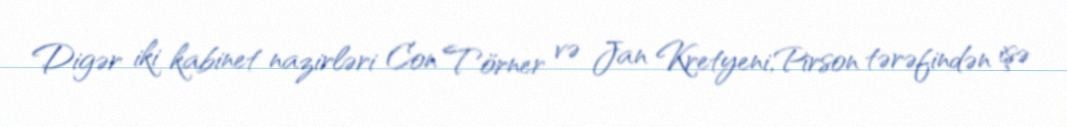
Digər iki kabinet nazirləri Con Törner və Jan Kretyeni,Pirson tərəfindən işə